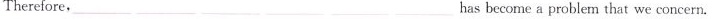
Therefore， has become a problem that we concern.